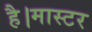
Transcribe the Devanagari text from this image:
है।मास्‍टर